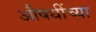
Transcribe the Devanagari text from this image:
औषधींच्या